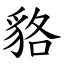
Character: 貉